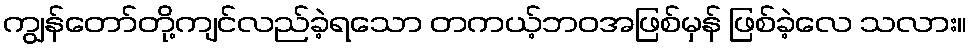
ကျွန်တော်တို့ကျင်လည်ခဲ့ရသော တကယ့်ဘဝအဖြစ်မှန် ဖြစ်ခဲ့လေ သလား။